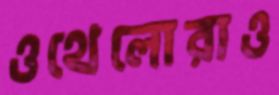
ওথেলোরাও